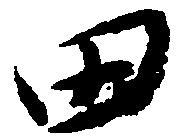
田